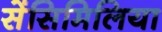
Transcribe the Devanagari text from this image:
सेंसिमिलिया